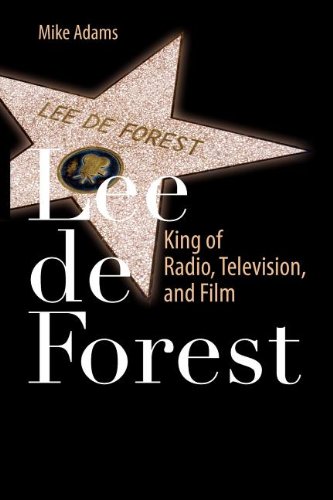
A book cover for Lee de Forest: King of Radio, Television, and Film; Mike Adams; Humor & Entertainment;